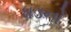
ધડનો